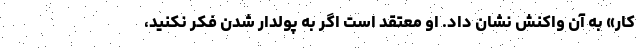
کار» به آن واکنش نشان داد. او معتقد است اگر به پولدار شدن فکر نکنید،